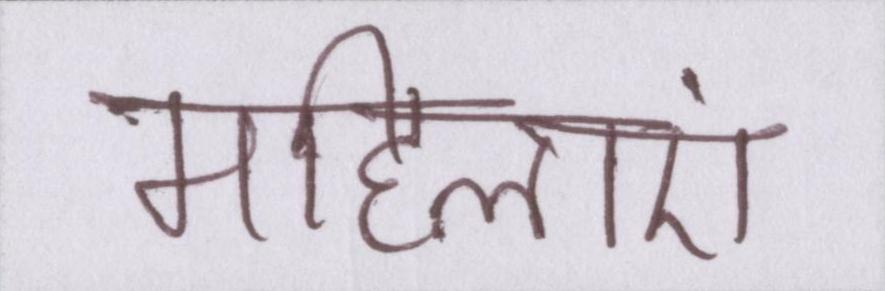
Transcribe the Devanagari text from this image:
महिलाएं